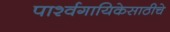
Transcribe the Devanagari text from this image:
पार्श्वगायिकेसाठीचे